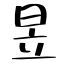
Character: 昱